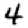
Digit: 4